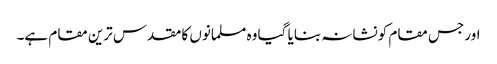
اور جس مقام کو نشانہ بنایا گیا وہ مسلمانوں کا مقدس ترین مقام ہے۔